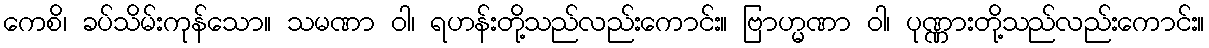
ကေစိ၊ ခပ်သိမ်းကုန်သော။ သမဏာ ဝါ၊ ရဟန်းတို့သည်လည်းကောင်း။ ဗြာဟ္မဏာ ဝါ၊ ပုဏ္ဏားတို့သည်လည်းကောင်း။